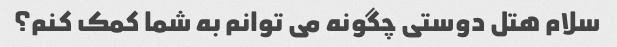
سلام هتل دوستی چگونه می توانم به شما کمک کنم؟